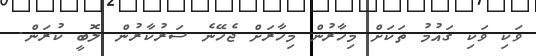
ވަކި ވަކި ގައުމު ތަކަށް މިހާރުން މިހާރަށް ޖެހޭނެ ސަރުކާރުން ލޮބީ ކުރަން.